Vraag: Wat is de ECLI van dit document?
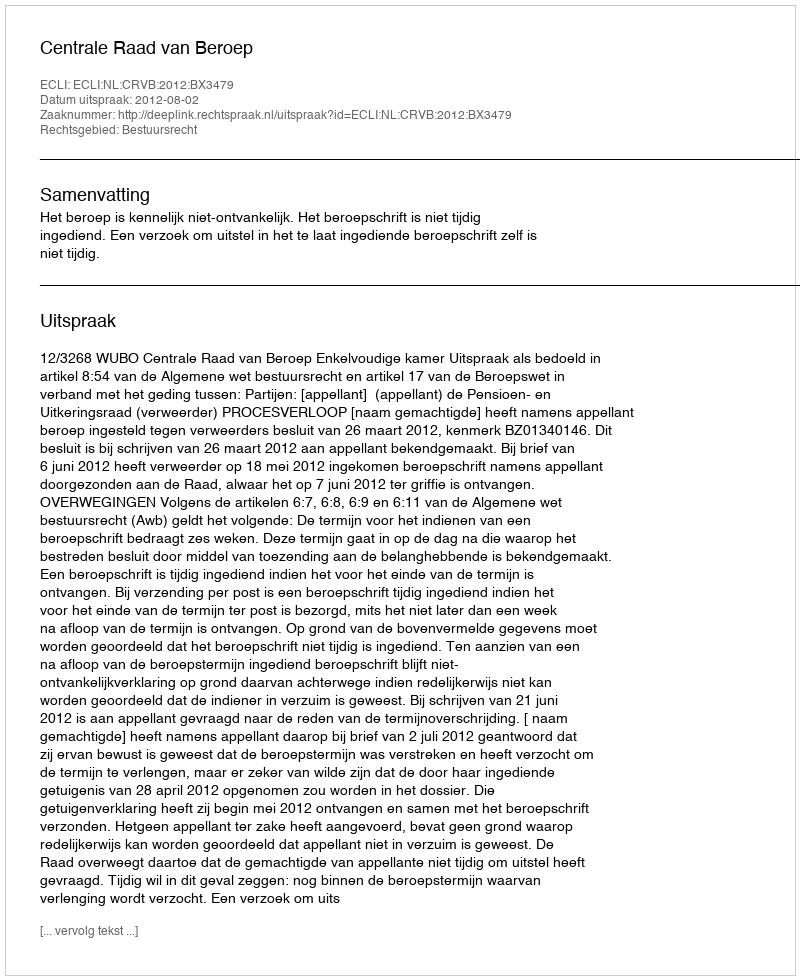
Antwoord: ECLI:NL:CRVB:2012:BX3479